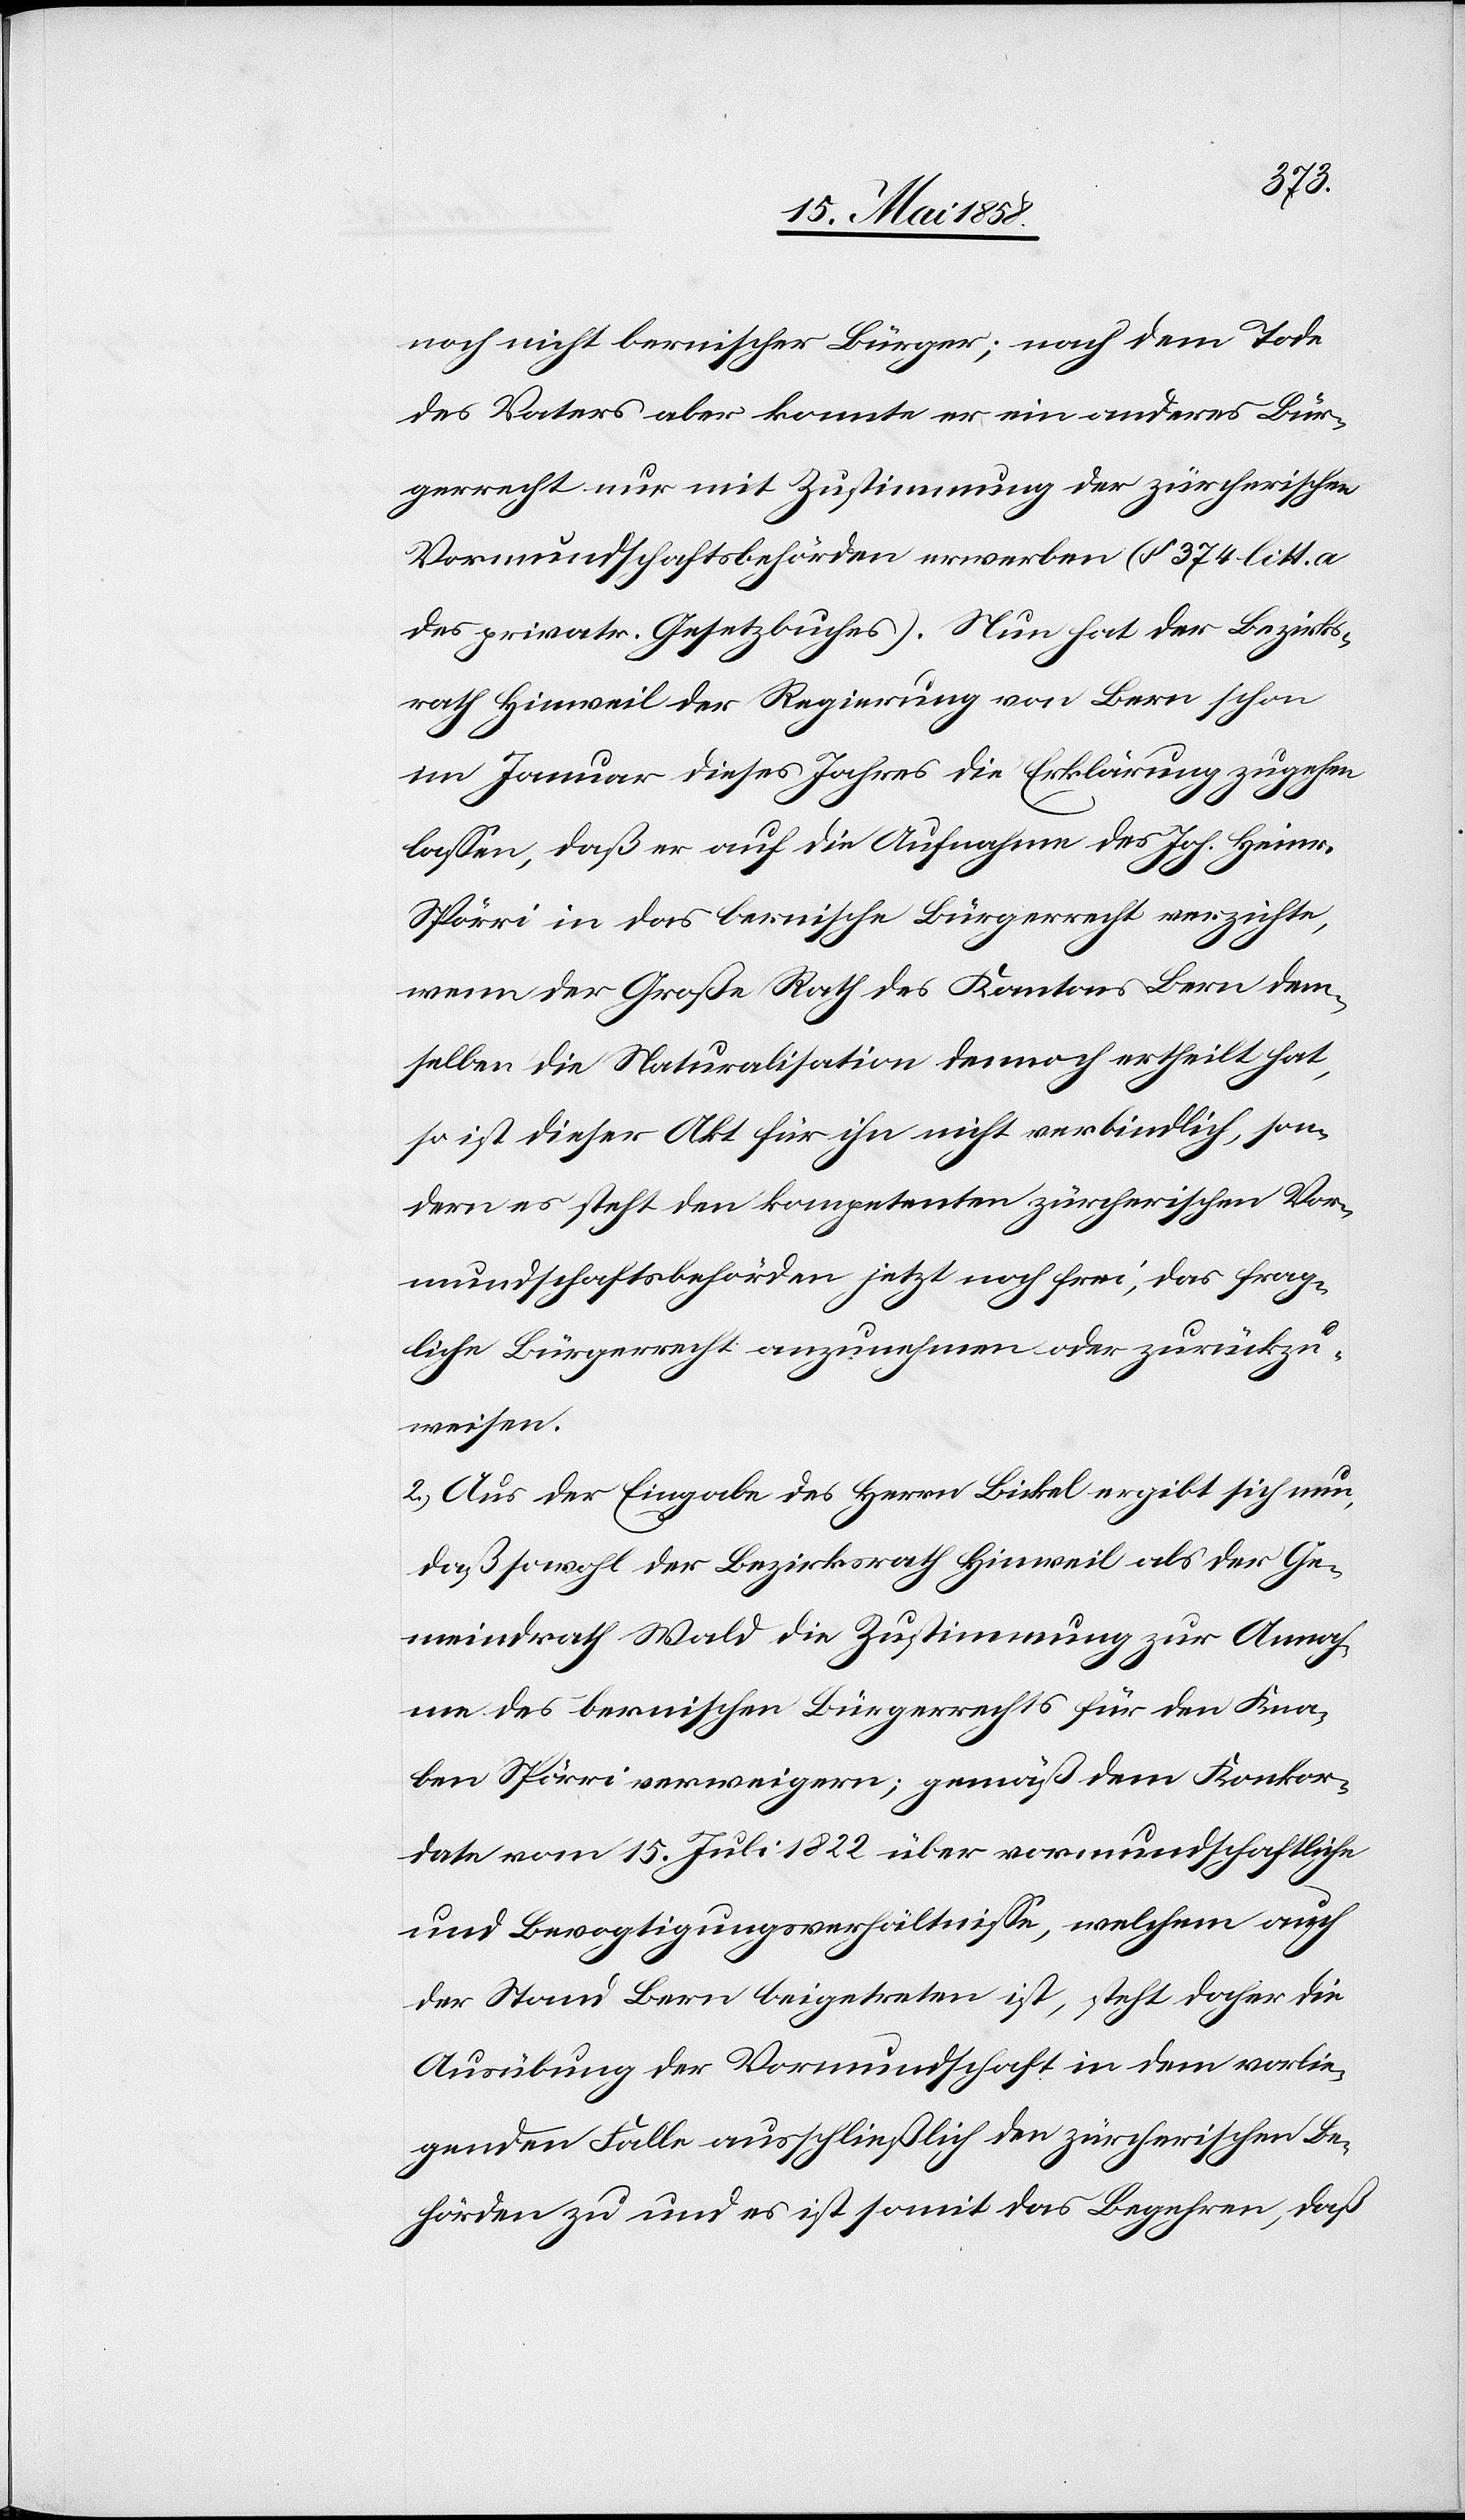
noch nicht bernischer Bürger; nach dem Tode
des Vaters aber konnte er ein anderes Bür¬
gerrecht nur mit Zustimmung der zürcherischen
Vormundschaftsbehörden erwerben (§ 374 litt. a
des privatr. Gesetzbuches). Nun hat der Bezirks¬
rath Hinweil der Regierung von Bern schon
im Januar dieses Jahres die Erklärung zugehen
lassen, daß er auf die Aufnahme des Joh. Heinr.
Spörri in das bernische Bürgerrecht verzichte,
wenn der Große Rath des Kantons Bern dem¬
selben die Naturalisation dennoch ertheilt hat,
so ist dieser Akt für ihn nicht verbindlich, son¬
dern es steht den kompetenten zürcherischen Vor¬
mundschaftsbehörden jetzt noch frei, das frag¬
liche Bürgerrecht anzunehmen oder zurückzu¬
weisen.
2. Aus der Eingabe des Herrn Bickel ergibt sich nun,
daß sowohl der Bezirksrath Hinweil als der Ge¬
meindrath Wald die Zustimmung zur Annah¬
me des bernischen Bürgerrechts für den Kna¬
ben Spörri verweigern; gemäß dem Konkor¬
date vom 15. Juli 1822 über vormundschaftliche
und Bevogtigungsverhältnisse, welchem auch
der Stand Bern beigetreten ist, steht daher die
Ausübung der Vormundschaft in dem vorlie¬
genden Falle ausschließlich den zürcherischen Be¬
hörden zu und es ist somit das Begehren, daß